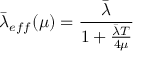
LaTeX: \bar { \lambda } _ { e f f } ( \mu ) = \frac { \bar { \lambda } } { 1 + \frac { \bar { \lambda } T } { 4 \mu } }